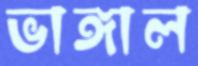
ভাঙ্গাল